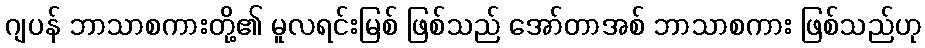
ဂျပန် ဘာသာစကားတို့၏ မူလရင်းမြစ် ဖြစ်သည် အော်တာအစ် ဘာသာစကား ဖြစ်သည်ဟု